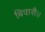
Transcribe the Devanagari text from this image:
बिवासै।।